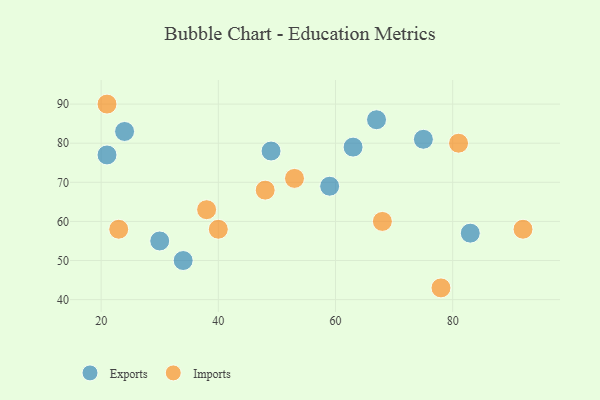
{"axis": {"x": "GDP", "y": "Life Expectancy"}, "legend": ["Exports", "Imports"], "data": [{"x": "67", "y": 86, "type": "Exports"}, {"x": "30", "y": 55, "type": "Exports"}, {"x": "75", "y": 81, "type": "Exports"}, {"x": "83", "y": 57, "type": "Exports"}, {"x": "59", "y": 69, "type": "Exports"}, {"x": "49", "y": 78, "type": "Exports"}, {"x": "21", "y": 77, "type": "Exports"}, {"x": "24", "y": 83, "type": "Exports"}, {"x": "34", "y": 50, "type": "Exports"}, {"x": "63", "y": 79, "type": "Exports"}, {"x": "48", "y": 68, "type": "Imports"}, {"x": "53", "y": 71, "type": "Imports"}, {"x": "23", "y": 58, "type": "Imports"}, {"x": "68", "y": 60, "type": "Imports"}, {"x": "78", "y": 43, "type": "Imports"}, {"x": "40", "y": 58, "type": "Imports"}, {"x": "21", "y": 90, "type": "Imports"}, {"x": "81", "y": 80, "type": "Imports"}, {"x": "92", "y": 58, "type": "Imports"}, {"x": "38", "y": 63, "type": "Imports"}]}